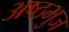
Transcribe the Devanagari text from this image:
अष्ठभुज